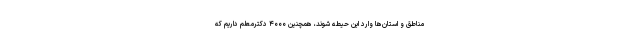
مناطق و استان‌ها وارد این حیطه شوند، همچنین ۴۰۰۰ دکترمعلم داریم که